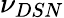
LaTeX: \nu_{DSN}